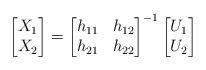
LaTeX: \begin{align*}\begin{bmatrix}X_1\\X_2\end{bmatrix}=\begin{bmatrix} h_{11} & h_{12}\\ h_{21} & h_{22} \end{bmatrix} ^{-1}\begin{bmatrix}U_1\\U_2\end{bmatrix}\end{align*}